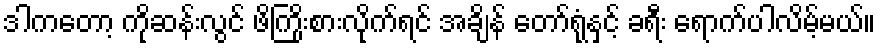
ဒါကတော့ ကိုဆန်းလွင် ဖိကြိုးစားလိုက်ရင် အချိန် တော်ရုံနှင့် ခရီး ရောက်ပါလိမ့်မယ်။